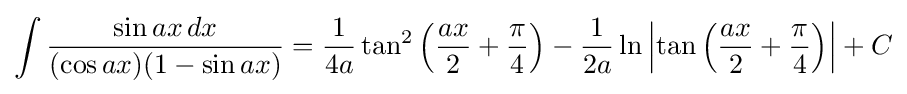
\int {\frac {\sin ax\,dx}{(\cos ax)(1-\sin ax)}}={\frac {1}{4a}}\tan ^{2}\left({\frac {ax}{2}}+{\frac {\pi }{4}}\right)-{\frac {1}{2a}}\ln \left|\tan \left({\frac {ax}{2}}+{\frac {\pi }{4}}\right)\right|+C